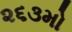
૨૬૩મો